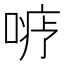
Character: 𪡦